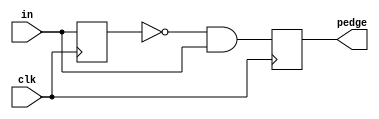
module top_module (
    input clk,
    input [7:0] in,
    output  reg [7:0] pedge
);
    reg [7:0]temp;
    always @(posedge clk)
        begin
            temp <= in;
            pedge <= ~temp&in;
        end

 endmodule